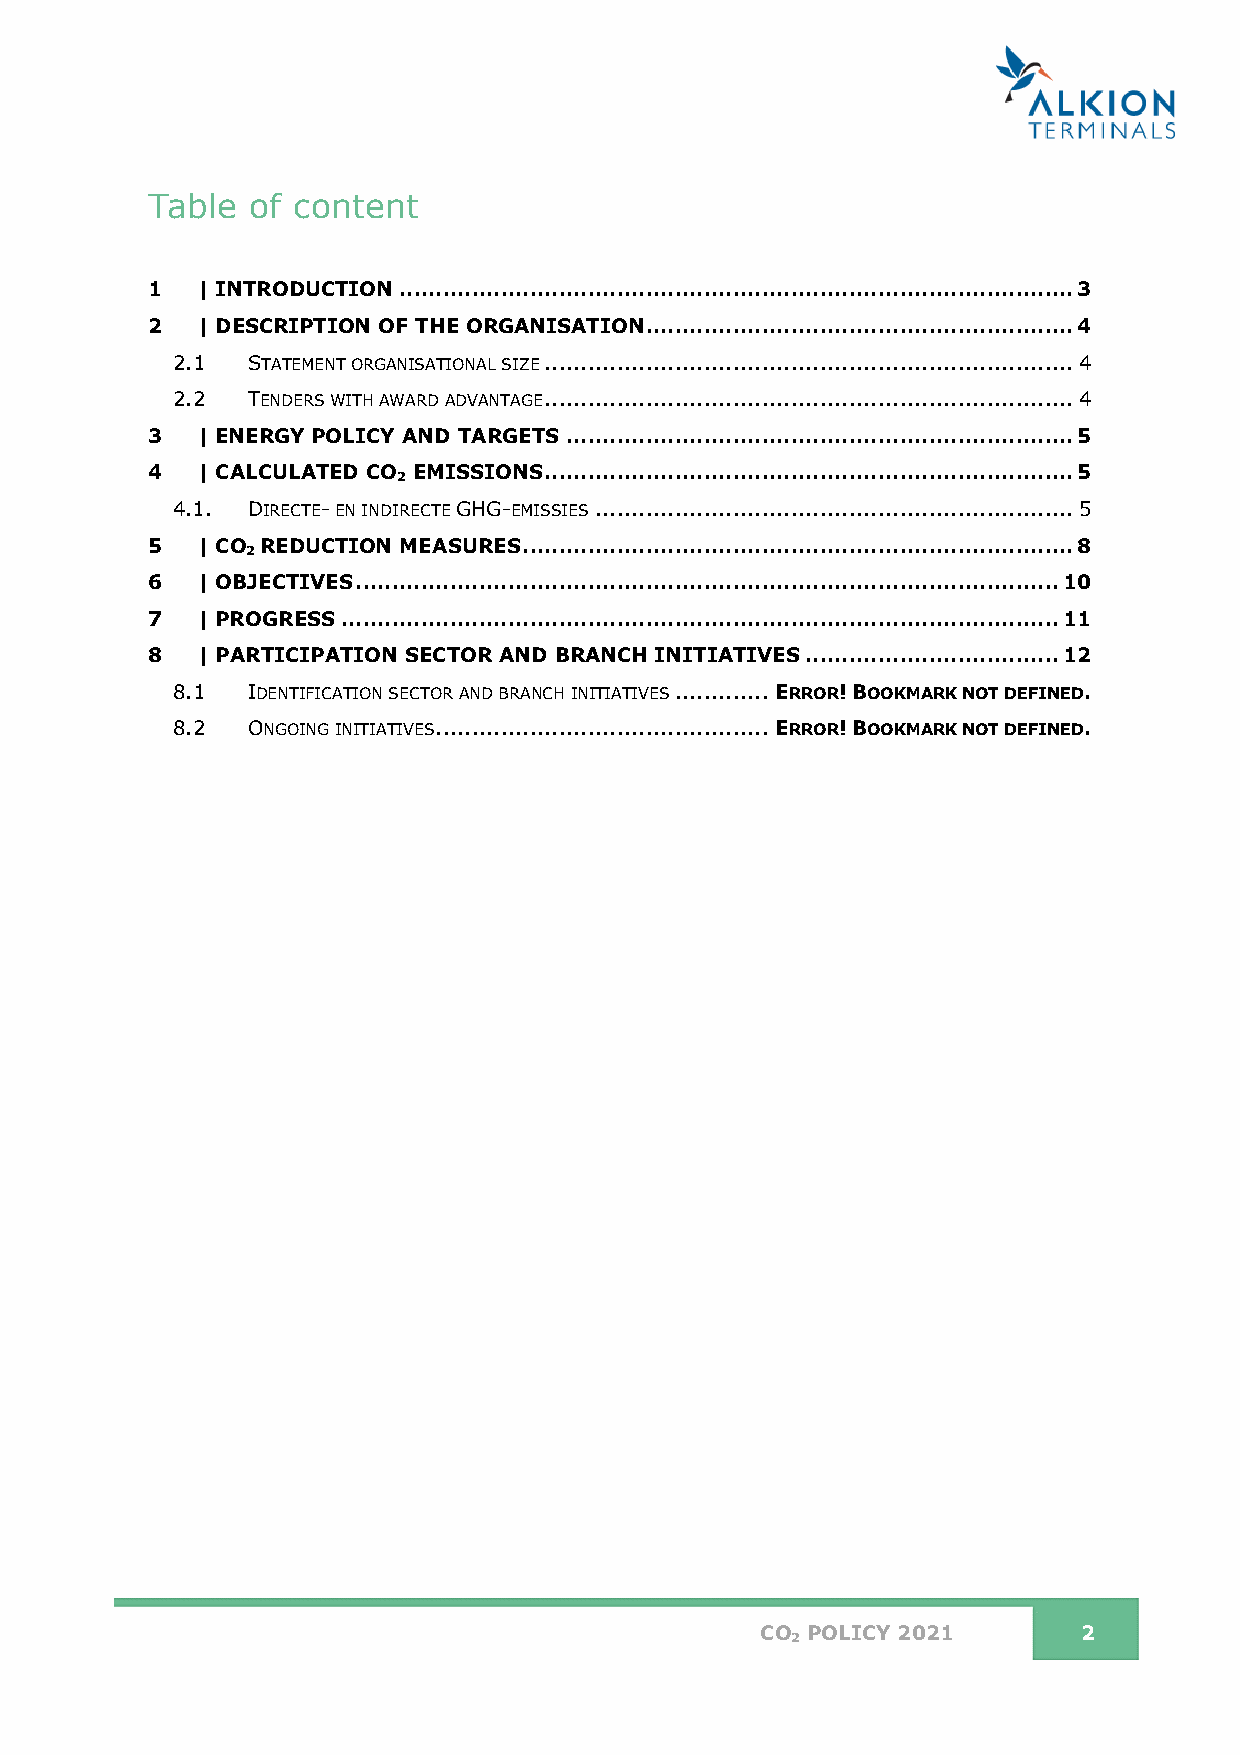
Table  of content
 1  | INTRODUCTION ............................................................................................. 3
 2  | DESCRIPTION OF THE ORGANISATION ........................................................... 4
 2.1  STATEMENT ORGANISATIONAL SIZE ......................................................................... 4
 2.2  TENDERS WITH AWARD ADVANTAGE ......................................................................... 4
 3  | ENERGY POLICY AND TARGETS ...................................................................... 5
 4  | CALCULATED CO EMISSIONS ......................................................................... 5
 2
 4.1. DIRECTE- EN INDIRECTE GHG-EMISSIES .................................................................. 5
 5  | CO REDUCTION MEASURES ............................................................................ 8
 2
 6  | OBJECTIVES ................................................................................................. 10
 7  | PROGRESS ................................................................................................... 11
 8  | PARTICIPATION SECTOR AND BRANCH INITIATIVES ................................... 12
 8.1  IDENTIFICATION SECTOR AND BRANCH INITIATIVES ............. ERROR! BOOKMARK NOT DEFINED.
 8.2  ONGOING INITIATIVES .............................................. ERROR! BOOKMARK NOT DEFINED.
 CO POLICY 2021        2
 2